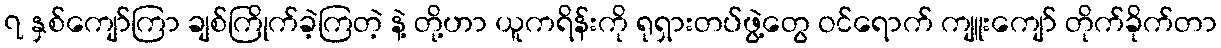
၇ နှစ်ကျော်ကြာ ချစ်ကြိုက်ခဲ့ကြတဲ့ နဲ့ တို့ဟာ ယူကရိန်းကို ရုရှားတပ်ဖွဲ့တွေ ဝင်ရောက် ကျူးကျော် တိုက်ခိုက်တာ